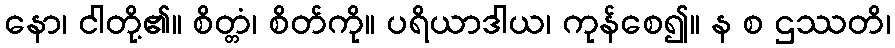
နော၊ ငါတို့၏။ စိတ္တံ၊ စိတ်ကို။ ပရိယာဒါယ၊ ကုန်စေ၍။ န စ ဌဿတိ၊